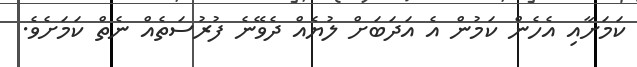
ކަމަށާއި އެހެން ކަމުން އެ އަދަބަށް ލުޔެއް ދެވޭނެ ފުރުސަތެއް ނެތް ކަމަށެވެ.